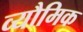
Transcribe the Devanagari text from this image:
व्यौमिक